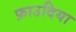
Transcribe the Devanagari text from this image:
फ़ाउदिया